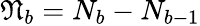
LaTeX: \mathfrak{N}_{b}=N_{b}-N_{b-1}